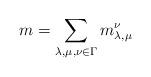
LaTeX: \begin{align*}m = \sum \limits_{\lambda,\mu,\nu \in \Gamma} m_{\lambda,\mu}^\nu\end{align*}